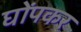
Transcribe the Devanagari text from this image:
घोंपकर